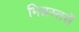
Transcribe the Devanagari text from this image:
भिन्नस्तरों